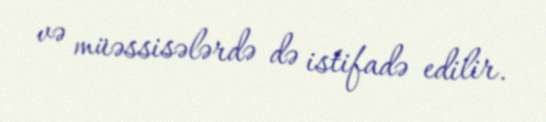
və müəssisələrdə də istifadə edilir.